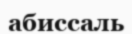
абиссаль